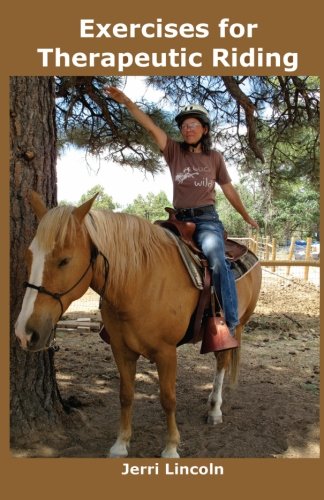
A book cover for Exercises for Therapeutic Riding; Jerri Lincoln; Health, Fitness & Dieting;